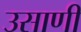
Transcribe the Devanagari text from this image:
उसाणी